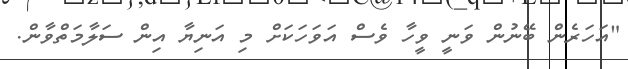
"އަހަރެން ބޭނުން ވަނީ ވީހާ ވެސް އަވަހަކަށް މި އަނިޔާ އިން ސަލާމަތްވާން.